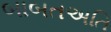
બાબતઅતિ